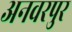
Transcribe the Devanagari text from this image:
अनवरपुर